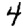
Digit: 4